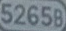
52658